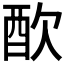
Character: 𨠅